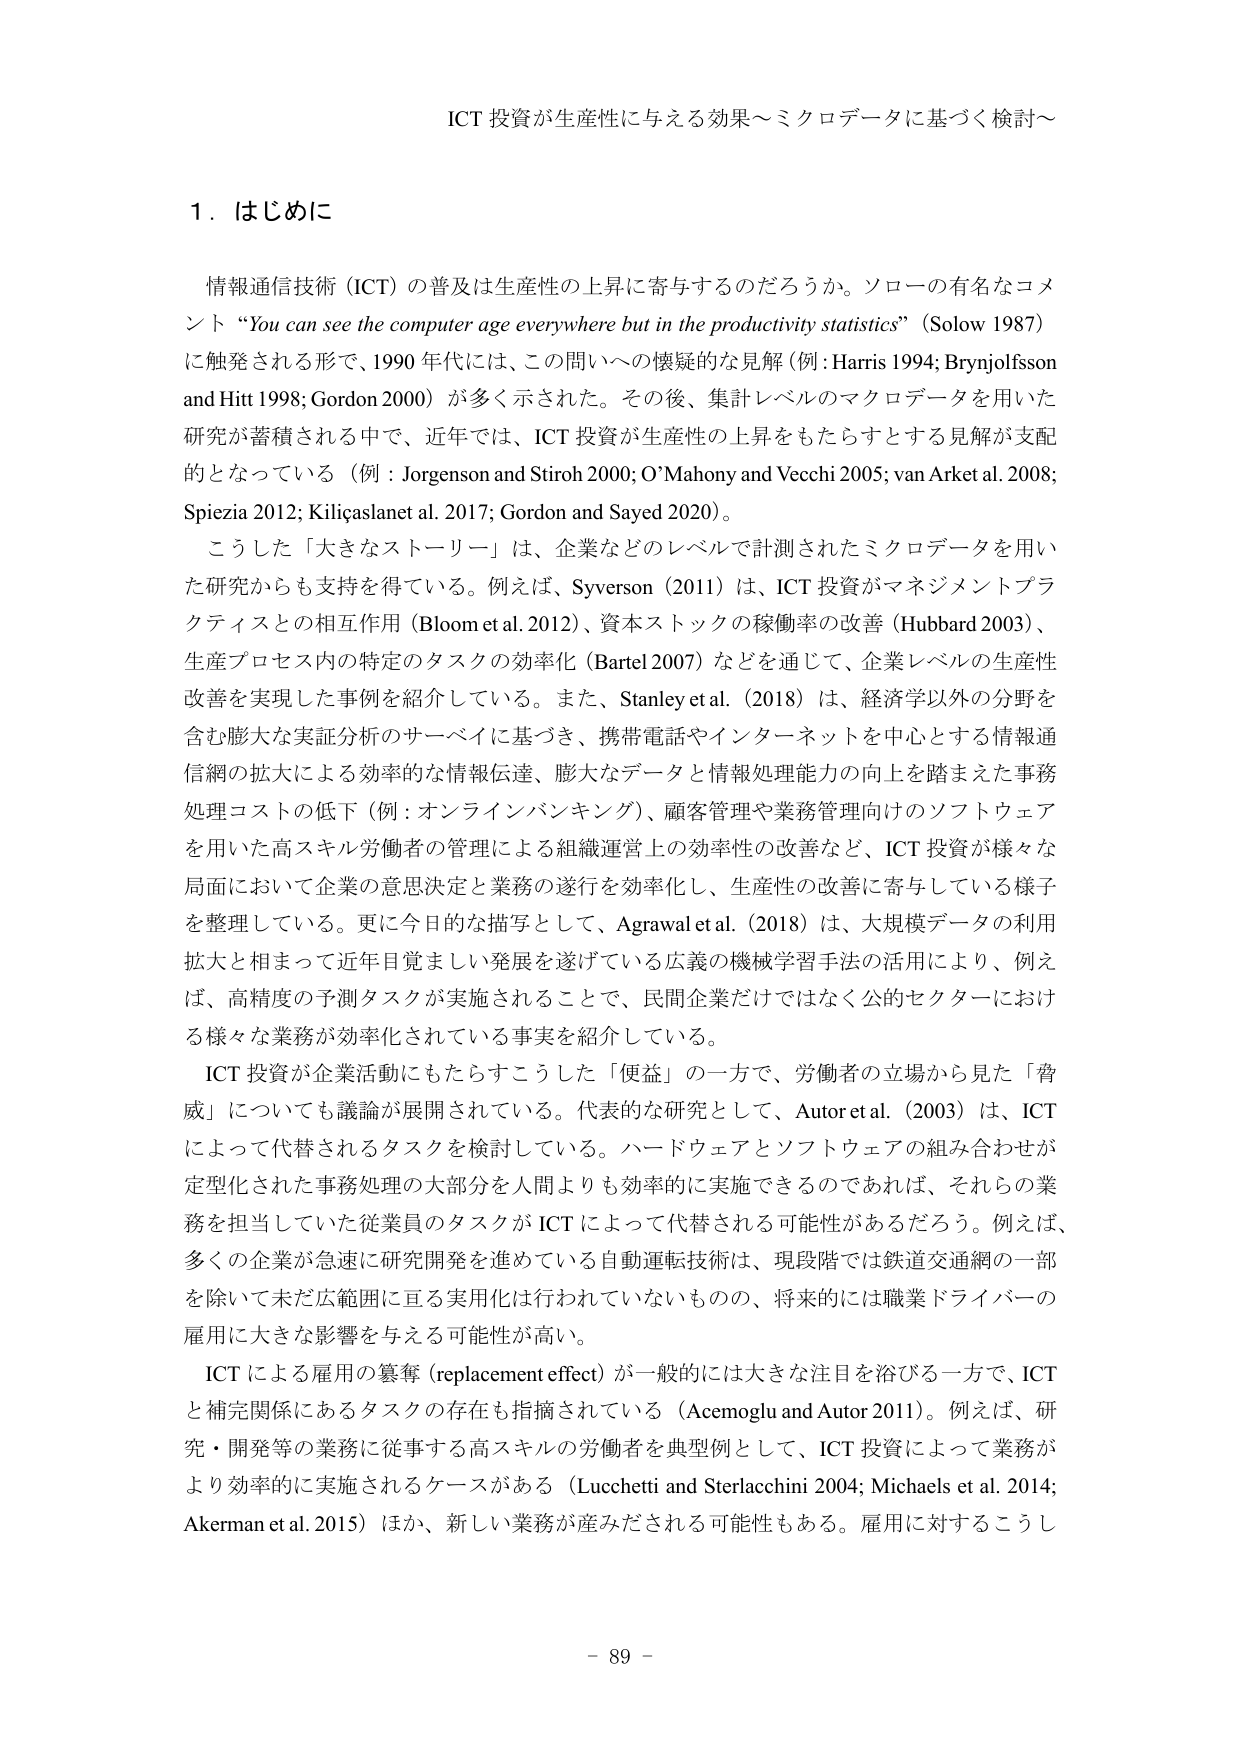
ICT 投資が生産性に与える効果～ミクロデータに基づく検討～

１．はじめに

情報通信技術（ICT）の普及は生産性の上昇に寄与するのだろうか。ソローの有名なコメント “You can see the computer age everywhere but in the productivity statistics”（Solow 1987）に触発される形で、1990 年代には、この問いへの懐疑的な見解（例：Harris 1994; Brynjolfsson and Hitt 1998; Gordon 2000）が多く示された。その後、集計レベルのマクロデータを用いた研究が蓄積される中で、近年では、ICT 投資が生産性の上昇をもたらすとする見解が支配的となっている（例：Jorgenson and Stiroh 2000; O’Mahony and Vecchi 2005; van Ark et al. 2008; Spiezia 2012; Kiliçaslan et al. 2017; Gordon and Sayed 2020）。

こうした「大きなストーリー」は、企業などのレベルで計測されたミクロデータを用いた研究からも支持を得ている。例えば、Syverson（2011）は、ICT 投資がマネジメントプラクティスとの相互作用（Bloom et al. 2012）、資本ストックの稼働率の改善（Hubbard 2003）、生産プロセス内の特定のタスクの効率化（Bartel 2007）などを通じて、企業レベルの生産性改善を実現した事例を紹介している。また、Stanley et al.（2018）は、経済学以外の分野を含む膨大な実証分析のサーベイに基づき、携帯電話やインターネットを中心とする情報通信網の拡大による効率的な情報伝達、膨大なデータと情報処理能力の向上を踏まえた事務処理コストの低下（例：オンラインバンキング）、顧客管理や業務管理向けのソフトウェアを用いた高スキル労働者の管理による組織運営上の効率性の改善など、ICT 投資が様々な局面において企業の意思決定と業務の遂行を効率化し、生産性の改善に寄与している様子を整理している。更に今日的な描写として、Agrawal et al.（2018）は、大規模データの利用拡大と相まって近年目覚ましい発展を遂げている広義の機械学習手法の活用により、例えば、高精度の予測タスクが実施されることで、民間企業だけではなく公的セクターにおける様々な業務が効率化されている事実を紹介している。

ICT 投資が企業活動にもたらすこうした「便益」の一方で、労働者の立場から見た「脅威」についても議論が展開されている。代表的な研究として、Autor et al.（2003）は、ICT によって代替されるタスクを検討している。ハードウェアとソフトウェアの組み合わせが定型化された事務処理の大部分を人間よりも効率的に実施できるのであれば、それらの業務を担当していた従業員のタスクが ICT によって代替される可能性があるだろう。例えば、多くの企業が急速に研究開発を進めている自動運転技術は、現段階では鉄道交通網の一部を除いて未だ広範囲に亘る実用化は行われていないものの、将来的には職業ドライバーの雇用に大きな影響を与える可能性が高い。

ICT による雇用の募奪（replacement effect）が一般的には大きな注目を浴びる一方で、ICT と補完関係にあるタスクの存在も指摘されている（Acemoglu and Autor 2011）。例えば、研究・開発等の業務に従事する高スキルの労働者を典型例として、ICT 投資によって業務がより効率的に実施されるケースがある（Lucchetti and Sterlacchini 2004; Michaels et al. 2014; Akerman et al. 2015）ほか、新しい業務が産みだされる可能性もある。雇用に対するこうし

- 89 -